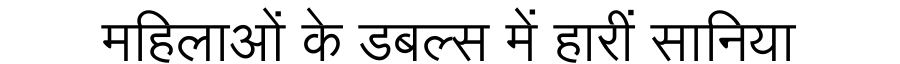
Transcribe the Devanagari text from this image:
महिलाओं के डबल्स में हारीं सानिया